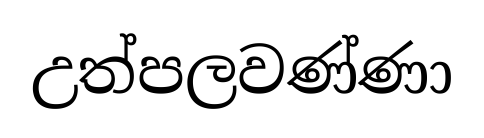
උත්පලවණ්ණා